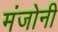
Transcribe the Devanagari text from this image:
मंजोनी